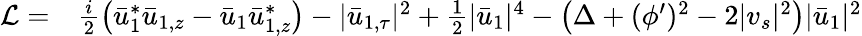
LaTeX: \begin{array}{rl}{{\mathcal{L}}=}&{{}\frac{i}{2}\left(\bar{u}_{1}^{*}\bar{u}_{1,z}-\bar{u}_{1}\bar{u}_{1,z}^{*}\right)-|\bar{u}_{1,\tau}|^{2}+\frac{1}{2}|\bar{u}_{1}|^{4}-\left(\Delta+(\phi^{\prime})^{2}-2|v_{s}|^{2}\right)|\bar{u}_{1}|^{2}}\end{array}